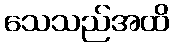
သေသည်အထိ